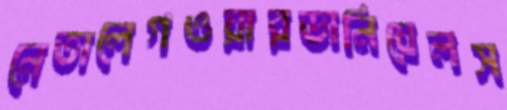
নেতালেগওয়ারডানিয়েলস